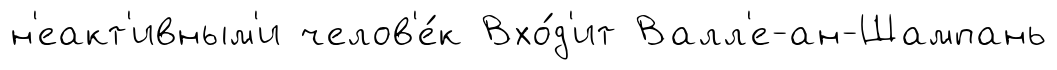
н'еакт'ивным'и челов'е́к Вхо́д'ит Валл'е-ан-Шампань